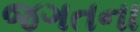
જગતના